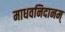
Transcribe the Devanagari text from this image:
माधवनिदानम्